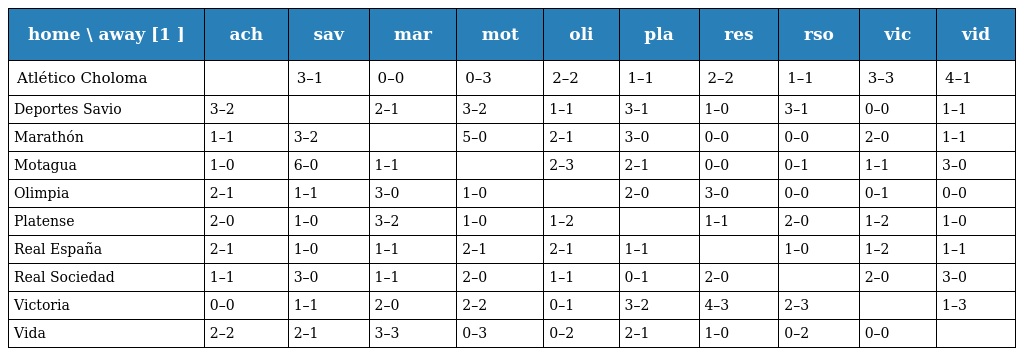
| home \ away [1 ] | ach | sav | mar | mot | oli | pla | res | rso | vic | vid |
 | --- | --- | --- | --- | --- | --- | --- | --- | --- | --- | --- |
 | Atlético Choloma |  | 3–1 | 0–0 | 0–3 | 2–2 | 1–1 | 2–2 | 1–1 | 3–3 | 4–1 |
 | Deportes Savio | 3–2 |  | 2–1 | 3–2 | 1–1 | 3–1 | 1–0 | 3–1 | 0–0 | 1–1 |
 | Marathón | 1–1 | 3–2 |  | 5–0 | 2–1 | 3–0 | 0–0 | 0–0 | 2–0 | 1–1 |
 | Motagua | 1–0 | 6–0 | 1–1 |  | 2–3 | 2–1 | 0–0 | 0–1 | 1–1 | 3–0 |
 | Olimpia | 2–1 | 1–1 | 3–0 | 1–0 |  | 2–0 | 3–0 | 0–0 | 0–1 | 0–0 |
 | Platense | 2–0 | 1–0 | 3–2 | 1–0 | 1–2 |  | 1–1 | 2–0 | 1–2 | 1–0 |
 | Real España | 2–1 | 1–0 | 1–1 | 2–1 | 2–1 | 1–1 |  | 1–0 | 1–2 | 1–1 |
 | Real Sociedad | 1–1 | 3–0 | 1–1 | 2–0 | 1–1 | 0–1 | 2–0 |  | 2–0 | 3–0 |
 | Victoria | 0–0 | 1–1 | 2–0 | 2–2 | 0–1 | 3–2 | 4–3 | 2–3 |  | 1–3 |
 | Vida | 2–2 | 2–1 | 3–3 | 0–3 | 0–2 | 2–1 | 1–0 | 0–2 | 0–0 |  |